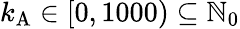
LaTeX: k_{\mathrm{A}}\in[0,1000)\subseteq\mathbb{N}_{0}